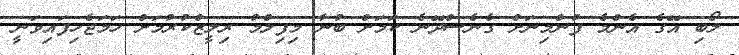
ލޯބި އޭގެ އެންމެ ފުންމިނަށް ގެނެސްދޭނެ ކަމަށް ބުނާ މިފިލްމު ރިލީޒްކުރުމަށް ހަމަޖެހިފައިވަނީ